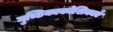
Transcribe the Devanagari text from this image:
गुच्छिकाकोशिकाएँ